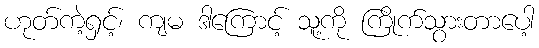
ဟုတ်ကဲ့ရှင့်၊ ကျမ ဒါကြောင့် သူ့ကို ကြိုက်သွားတာပေါ့